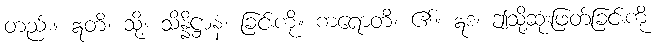
တည်း။ ဣတိ၊ သို့။ သိန္နိဋ္ဌာနံ၊ ခြင်းကို။ ကရောတိ၊ ၏။ ဣဒံ၊ ဤသို့ဆုံးဖြတ်ခြင်းကို